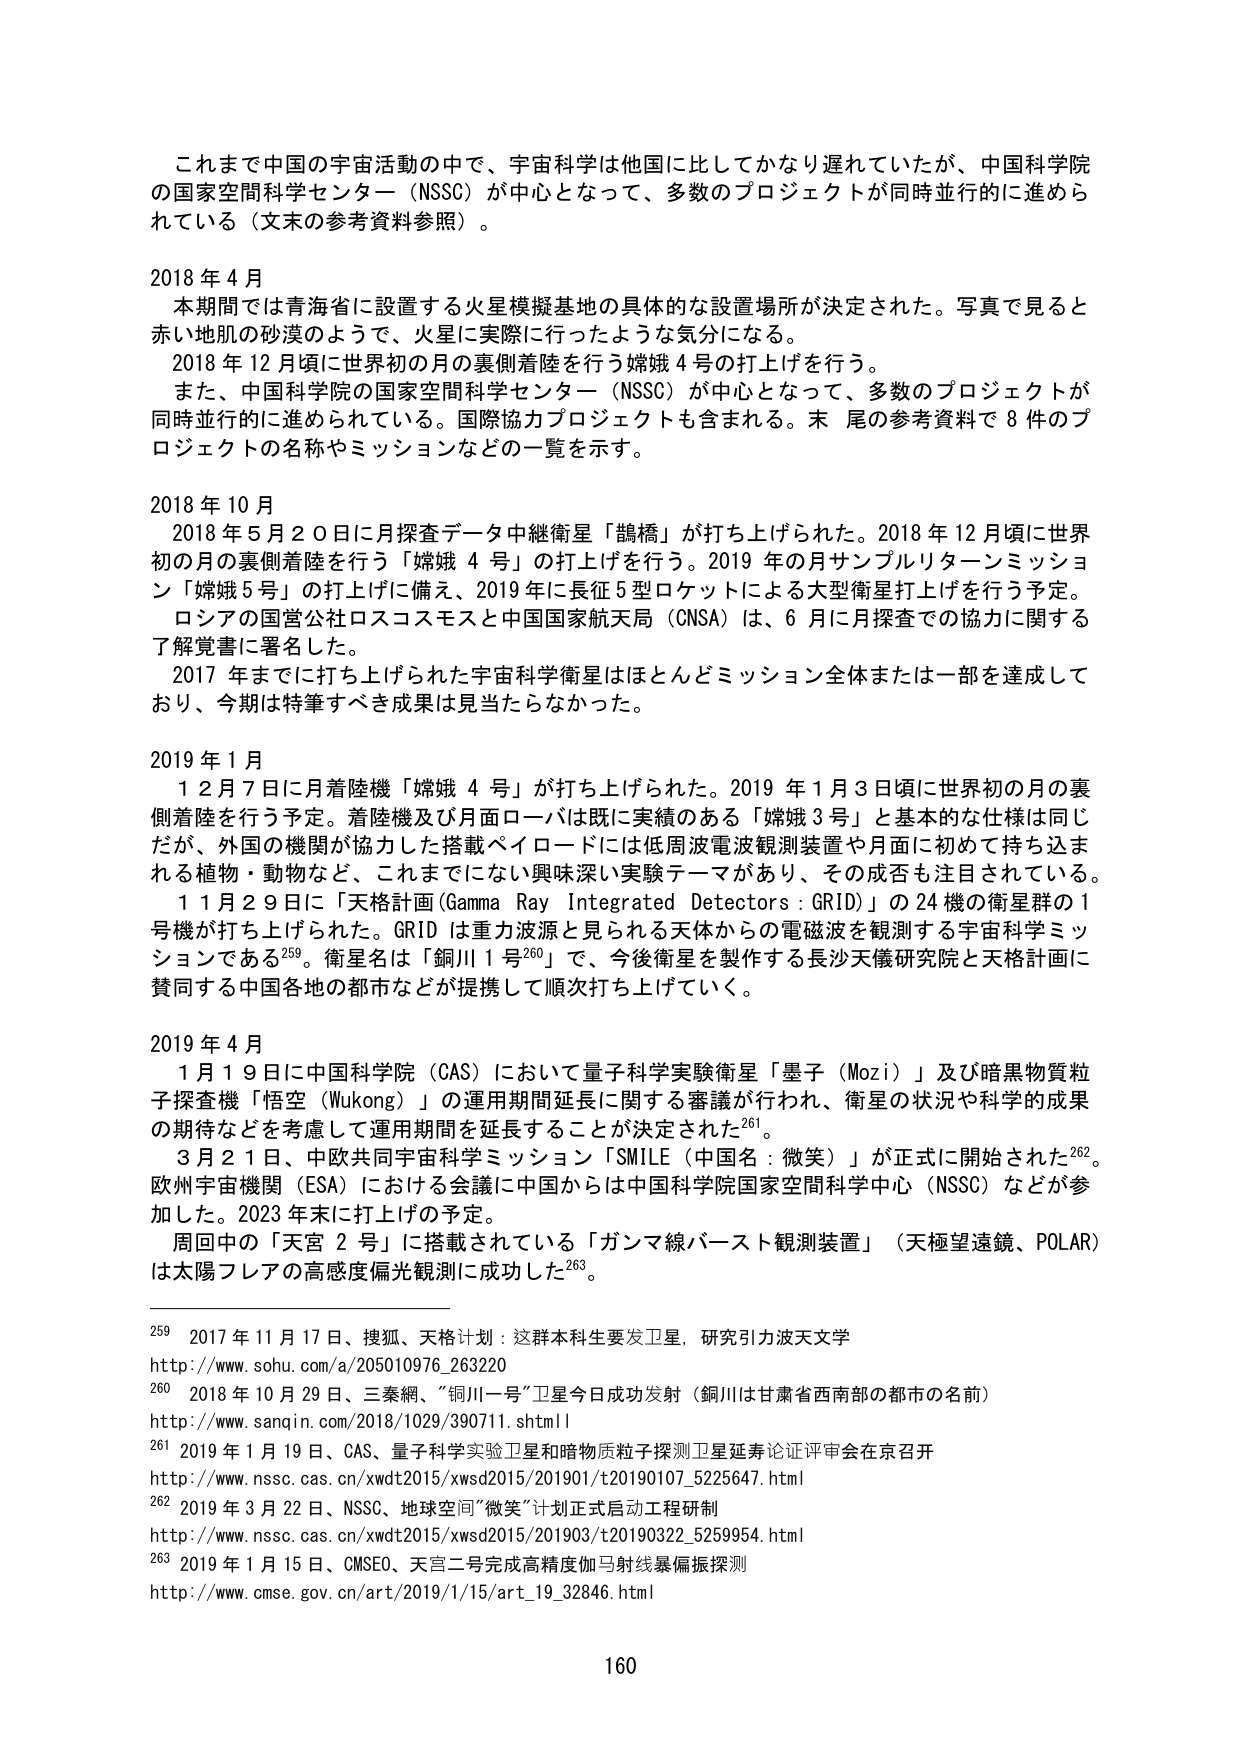
これまで中国の宇宙活動の中で、宇宙科学は他国に比してかなり遅れていたが、中国科学院の国家空間科学センター（NSSC）が中心となって、多数のプロジェクトが同時並行的に進められている（文末の参考資料参照）。

2018年4月
　本期間では青海省に設置する火星模擬基地の具体的な設置場所が決定された。写真で見ると赤い地肌の砂漠のようで、火星に実際に行ったような気分になる。
　2018年12月頃に世界初の月の裏側着陸を行う嫦娥4号の打上げを行う。
　また、中国科学院の国家空間科学センター（NSSC）が中心となって、多数のプロジェクトが同時並行的に進められている。国際協力プロジェクトも含まれる。末尾の参考資料で8件のプロジェクトの名称やミッションなどの一覧を示す。

2018年10月
　2018年5月20日に月探査データ中継衛星「鵲橋」が打ち上げられた。2018年12月頃に世界初の月の裏側着陸を行う「嫦娥4号」の打上げを行う。2019年の月サンプルリターンミッション「嫦娥5号」の打上げに備え、2019年に長征5型ロケットによる大型衛星打上げを行う予定。
　ロシアの国営公社ロスコスモスと中国国家航天局（CNSA）は、6月に月探査での協力に関する了解覚書に署名した。
　2017年までに打ち上げられた宇宙科学衛星はほとんどミッション全体または一部を達成しており、今期は特筆すべき成果は見当たらなかった。

2019年1月
　12月7日に月着陸機「嫦娥4号」が打ち上げられた。2019年1月3日頃に世界初の月の裏側着陸を行う予定。着陸機及び月面ローバは既に実績のある「嫦娥3号」と基本的な仕様は同じだが、外国の機関が協力した搭載ペイロードには低周波電波観測装置や月面に初めて持ち込まれる植物・動物など、これまでにない興味深い実験テーマがあり、その成否も注目されている。
　1月29日に「天格計画(Gamma Ray Integrated Detectors : GRID)」の24機の衛星群の1号機が打ち上げられた。GRIDは重力波源と見られる天体からの電磁波を観測する宇宙科学ミッションである259。衛星名は「銅川1号260」で、今後衛星を製作する長沙天儀研究院と天格計画に賛同する中国各地の都市などが提携して順次打ち上げていく。

2019年4月
　1月19日に中国科学院（CAS）において量子科学実験衛星「墨子（Mozi）」及び暗黒物質粒子探査機「悟空（Wukong）」の運用期間延長に関する審議が行われ、衛星の状況や科学的成果の期待などを考慮して運用期間を延長することが決定された261。
　3月21日、中欧共同宇宙科学ミッション「SMILE（中国名：微笑）」が正式に開始された262。欧州宇宙機関（ESA）における会議に中国からは中国科学院国家空間科学中心（NSSC）などが参加した。2023年末に打上げの予定。
　周回中の「天宮2号」に搭載されている「ガンマ線バースト観測装置」（天極望遠鏡、POLAR）は太陽フレアの高感度偏光観測に成功した263。

259 2017年11月17日、搜狐、天格计划：这群本科生要发卫星，研究引力波天文学
http://www.sohu.com/a/205010976_263220
260 2018年10月29日、三秦網、「銅川一号」卫星今日成功发射（銅川は甘粛省西南部の都市の名前）
http://www.sanqin.com/2018/1029/390711.shtml
261 2019年1月19日、CAS、量子科学实验卫星和暗物质粒子探测卫星延寿论证评审会在京召开
http://www.nssc.cas.cn/xwdt2015/xwsd2015/201901/t20190107_5225647.html
262 2019年3月22日、NSSC、地球空间“微笑”计划正式启动工程研制
http://www.nssc.cas.cn/xwdt2015/xwsd2015/201903/t20190322_5259954.html
263 2019年1月15日、CMSEO、天宫二号完成高精度伽马射线暴偏振探测
http://www.cmse.gov.cn/art/2019/1/15/art_19_32846.html

160